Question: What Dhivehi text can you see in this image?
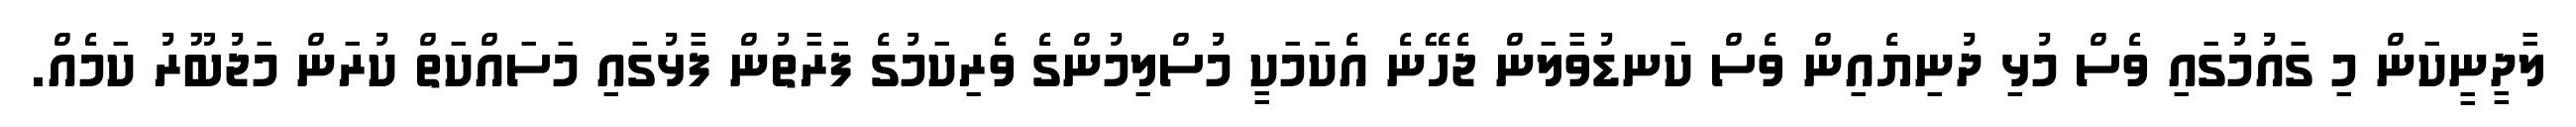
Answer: ލާދީނީކަން މި ގައުމުގައި ވެސް މުޅި ދުނިޔެއިން ވެސް ކަނޑުވާލަން ޖެހޭނެ އެކަމަކީ މުސްލިމުންގެ ވެރިކަމުގެ ފަރާތުން ފާޅުގައި މަސައްކަތް ކުރަން މަޖުބޫރު ކަމެއް.